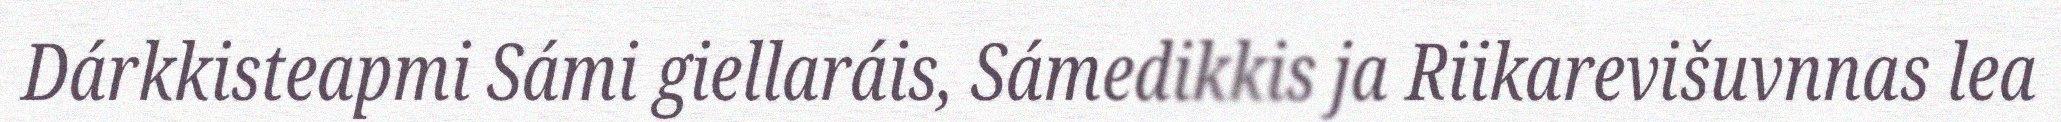
Dárkkisteapmi Sámi giellaráis, Sámedikkis ja Riikarevišuvnnas lea